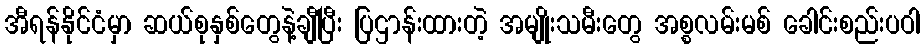
အီရန်နိုင်ငံမှာ ဆယ်စုနှစ်တွေနဲ့ချီပြီး ပြဌာန်းထားတဲ့ အမျိုးသမီးတွေ အစ္စလမ်းမစ် ခေါင်းစည်းပဝါ